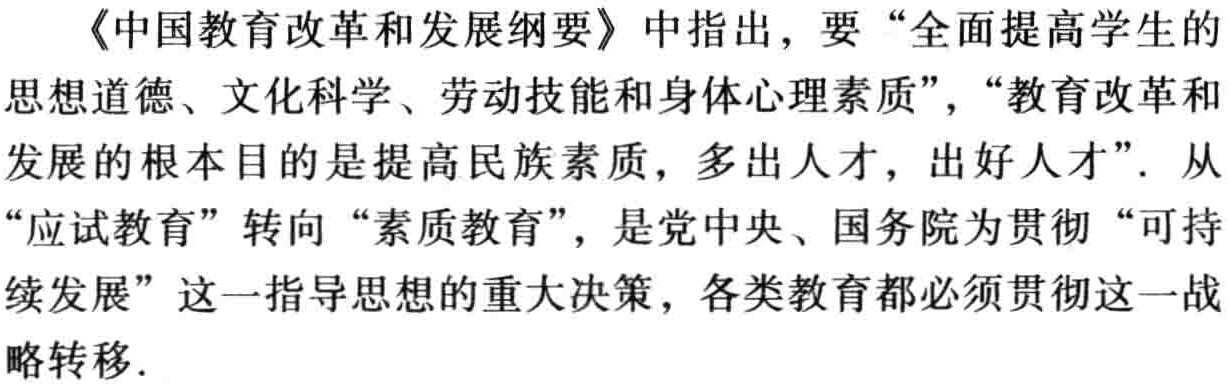
《中国教育改革和发展纲要》中指出，要“全面提高学生的思想道德、文化科学、劳动技能和身体心理素质”，“教育改革和发展的根本目的是提高民族素质，多出人才，出好人才”. 从“应试教育”转向“素质教育”，是党中央、国务院为贯彻“可持续发展”这一指导思想的重大决策，各类教育都必须贯彻这一战略转移.